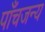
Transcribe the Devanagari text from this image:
पाँचजन्य